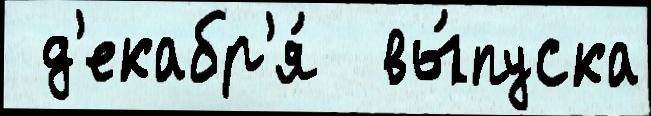
 д'екабр'я́  вы́пуска